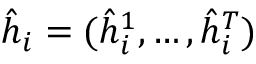
\hat { \boldsymbol { h } } _ { i } = ( \hat { h } _ { i } ^ { 1 } , \dots , \hat { h } _ { i } ^ { T } )